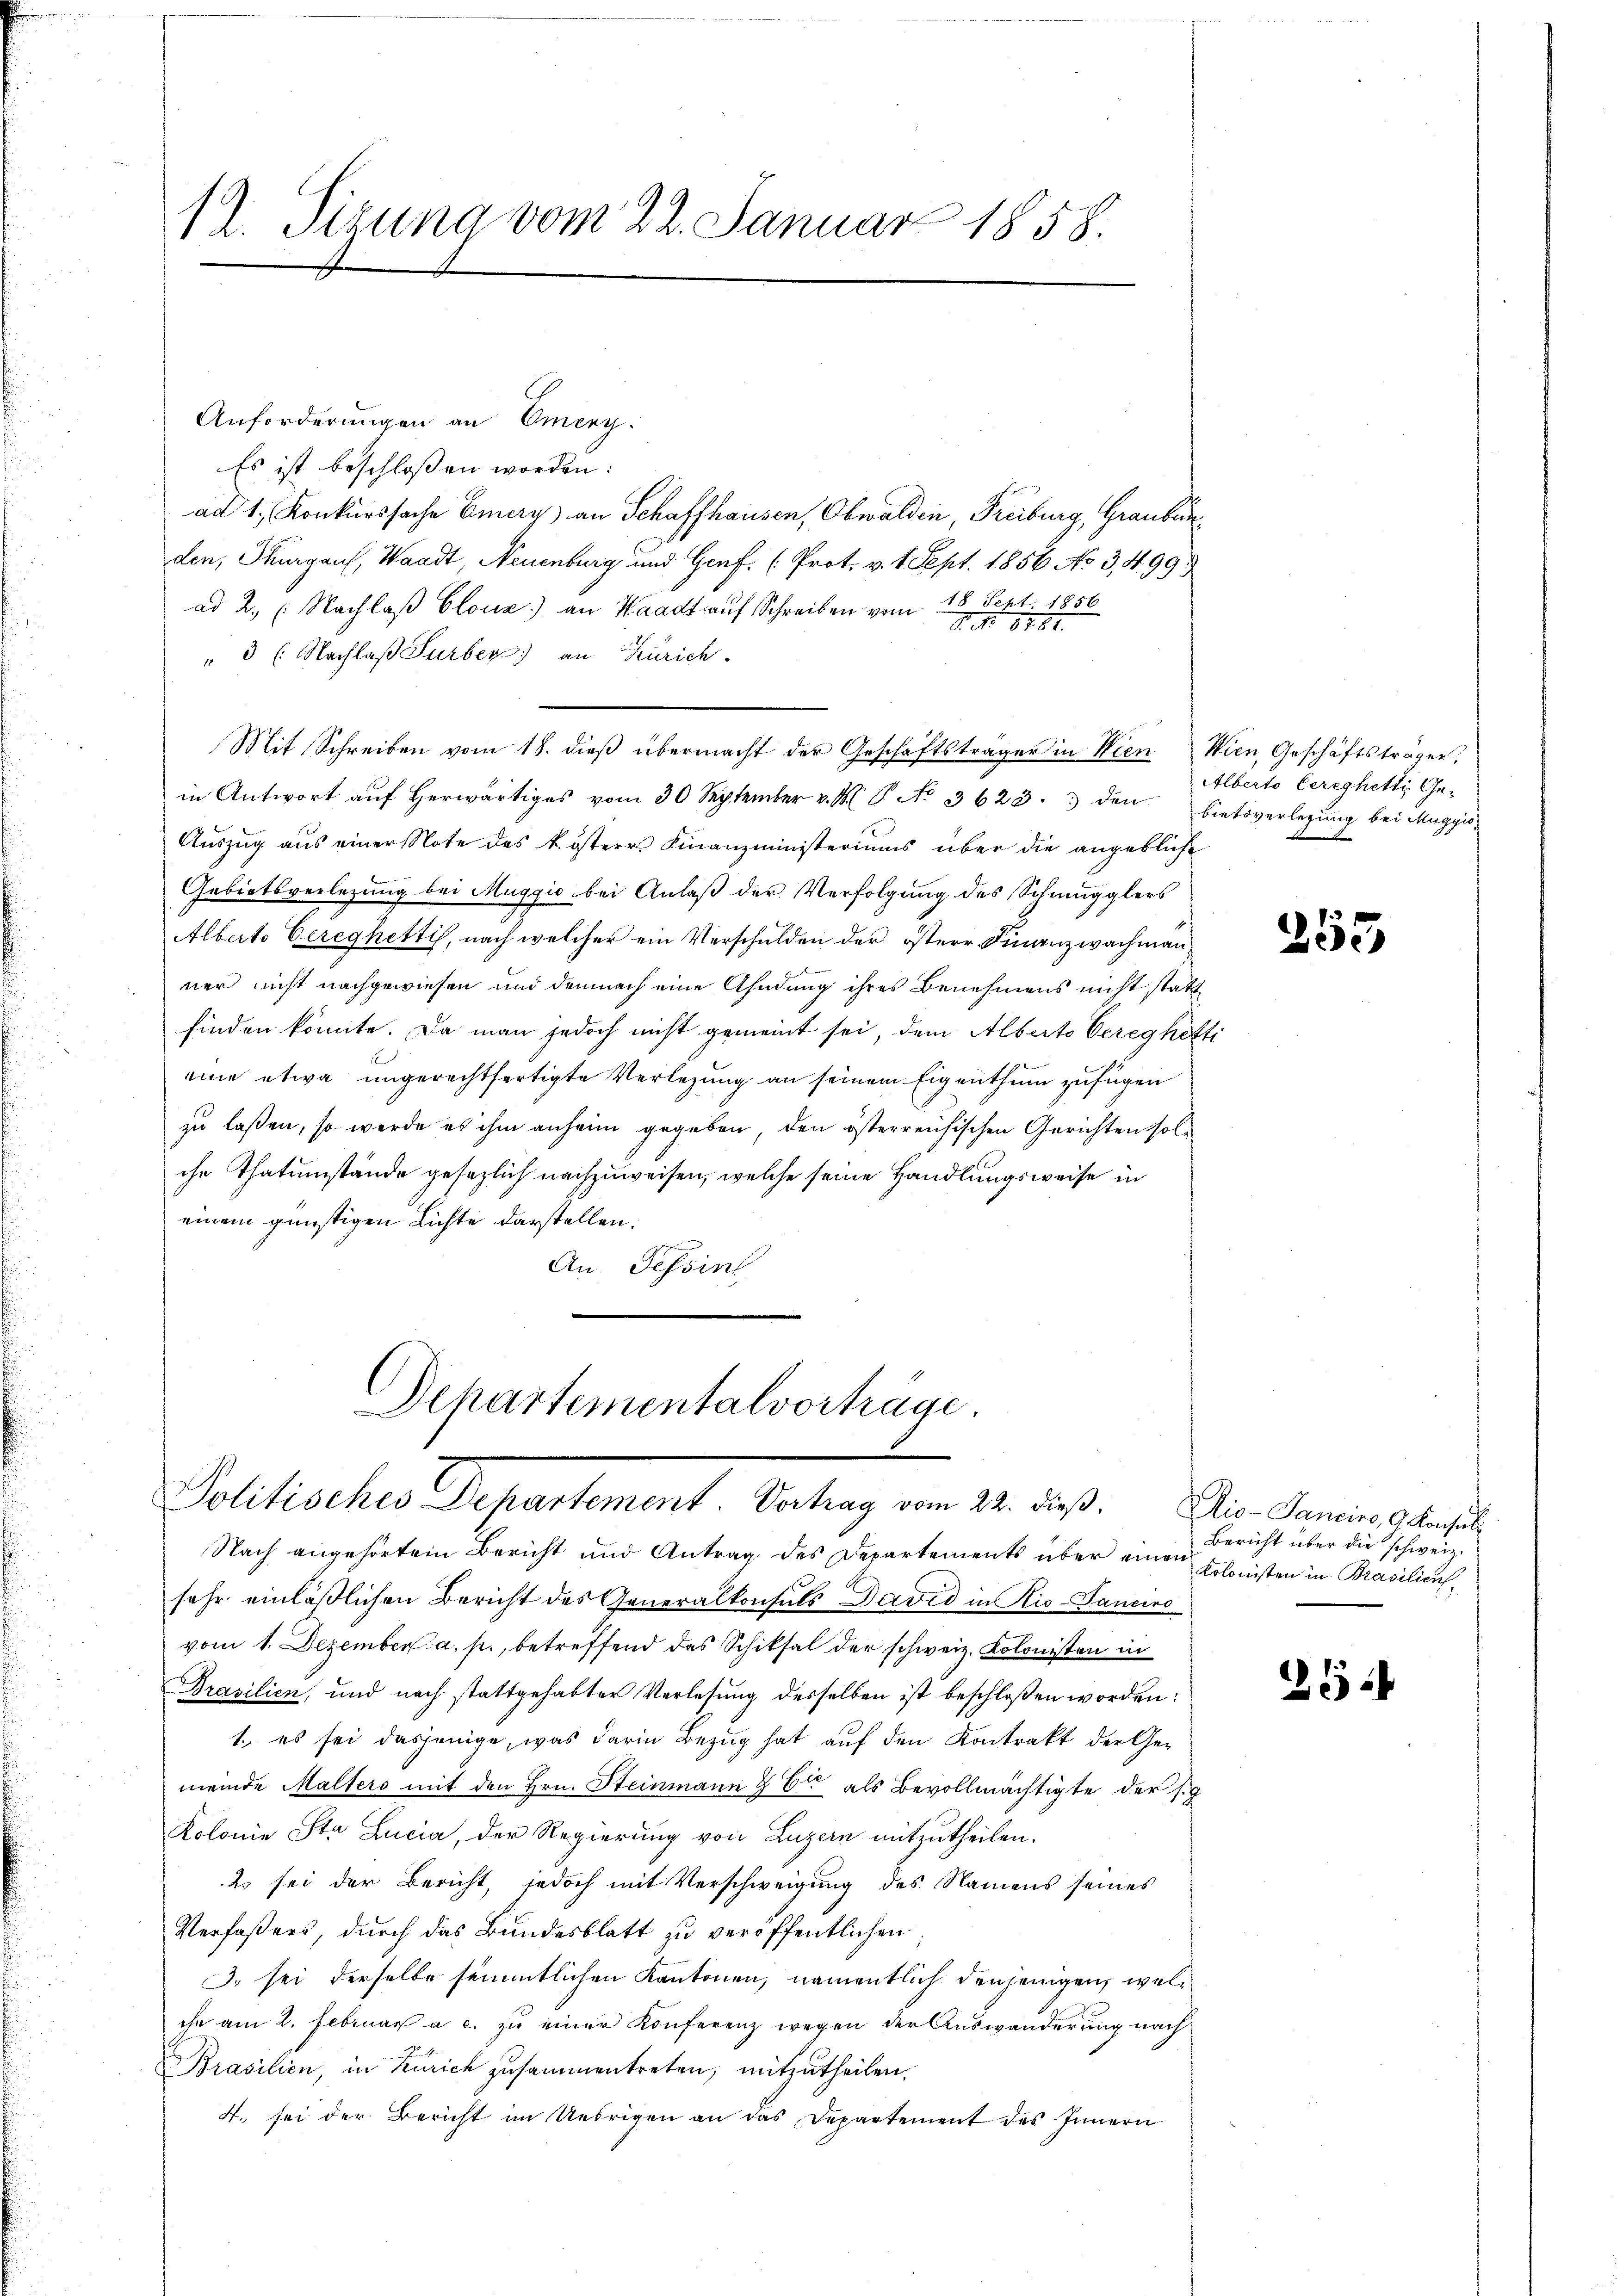
Anforderungen an Omeny.
Es ist beschloßen worden:
ad 1. Konkurssache Emery) an Schaffhausen, Obwalden, Freiburg, Graubun
den, Thurgaus, Waadt, Neuenburg und Genf. (Prot. v. 1. Sept. 1856 No 3,499.
ad 2. Nachlaβ Clouz) an Waadt auf Schreiben vom 18. Sept. 1856
G. . 6781.
" 3 l. Nachlaß Surber) an Zürich.
Mit Schreiben vom 18. dieß übermacht der Geschäftsträgen in Wien Wien, Geschäftsträgen,
in Antwort auf herwärtiges vom 30 September v. M. P. No 3623. den bietsverlegung bei Maggio¬
Auszug aus einer Note des k. österr Finanzministeriums über die angebliche
Gebietsverlegung bei Muggić bei Anlaß der Verfolgung des Schmugglers
Alberts bereghetti, nach welcher ein Verschulden der österr Finanzwachmannner nicht nachgewiesen und demnach eine Ahndung ihres Benehmens nicht statt
finden könnte. Da man jedoch nicht gemeint sei, dem Alberts bereghetti
eine etwa ungerechtfertigte Verlegung an seinem Eigenthum zufügen
zu laßen, so werde es ihm anheim gegeben, den österreichischen Gerichten solche Thatumstände gesezlich nachzuweisen, welche seine Handlungsweise in
einem günstigen Lichte darstellen.
An. Tessin

12. Sizung vom 22. Januar 1858.

Dchartementalvorträge.
Pollachen Separtement. Betrag in d. d.

Nach angehörtem Bericht und Antrag des Departements über einen
sehr einläßlichen Bericht des Generalkonsuls David in Rio-Paneiro
vom 1. Dezember a. p., betreffend das Schiksal der schweiz. Kolonisten in
Brasilien, und nach stattgehabter Vorlesung desselben ist beschloßen worden:
1., es sei dasjenige, was darin Bezug hat auf den Kontrakt der Gemeinde Malters mit den Hrn. Steinmann & Cie als Bevollmächtigte der s
Kolonie Sta Lucia, der Regierung von Luzern mitzutheilen.
2) sei der Bericht, jedoch mit Verschweigung des Namens seines
Verfaßers, durch das Bundesblatt zu veröffentlichen
3. sei derselbe sämmtlichen Kantonen, namentlich denjenigen, welihn am 2. Februar a. c. zu einer Konferenz wegen der Auswanderung nach
Brasilien, in Zürich zusammentreten; mitzutheilen.
4. sei der Bericht im Uebrigen an das Departement des Innern

Alberto Gerechetti Ge¬

253

Dio-Panciro, 9. Konsul
Bericht über die schweiz.
Kolonisten in Brasilien.

212